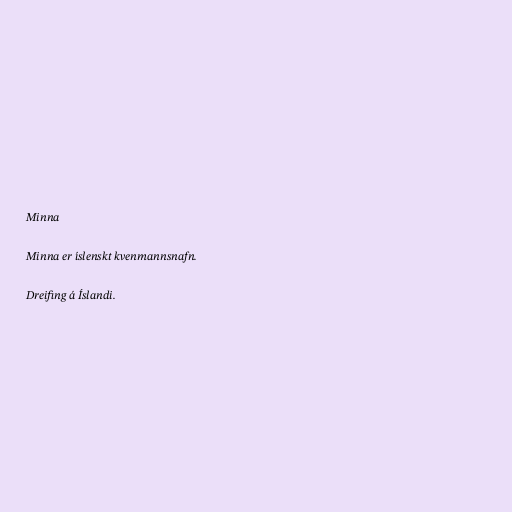
Minna

Minna er íslenskt kvenmannsnafn.

Dreifing á Íslandi.